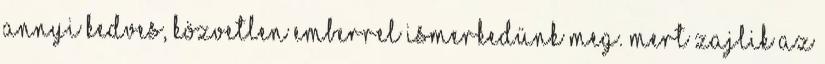
annyi kedves, közvetlen emberrel ismerkedünk meg. Mert zajlik az